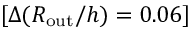
[ \Delta ( R _ { \mathrm { o u t } } / h ) = 0 . 0 6 ]